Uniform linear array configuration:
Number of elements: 48
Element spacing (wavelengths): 0.25
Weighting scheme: cosine
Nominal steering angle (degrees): -30
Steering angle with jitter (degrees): -30.219
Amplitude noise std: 0.05
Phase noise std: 0.05

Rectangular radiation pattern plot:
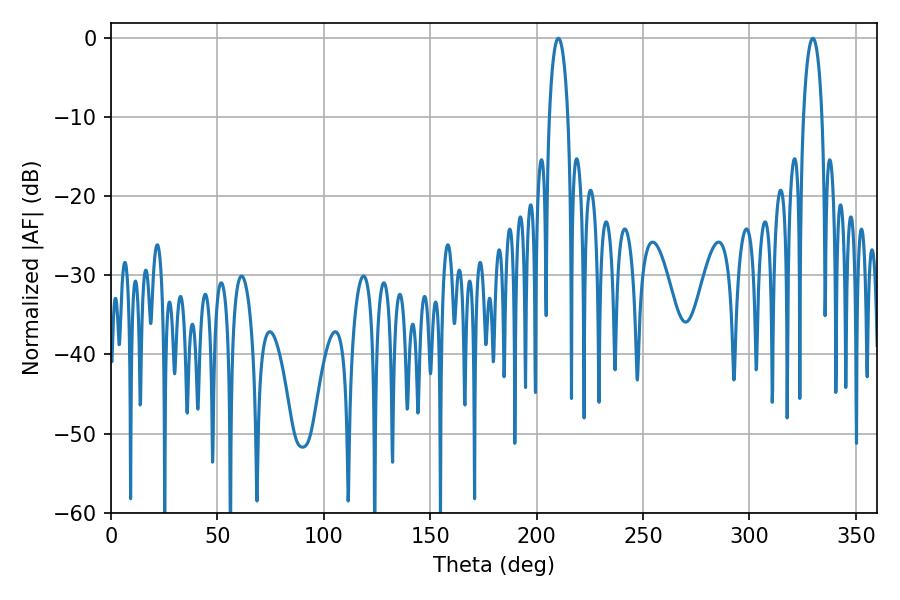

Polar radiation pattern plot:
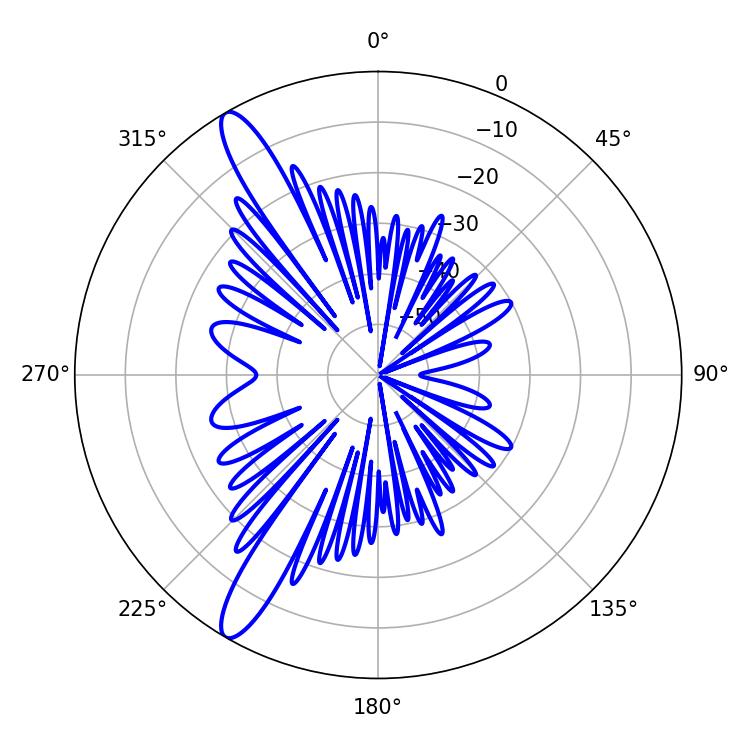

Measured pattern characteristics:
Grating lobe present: FALSE
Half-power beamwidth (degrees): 5.04
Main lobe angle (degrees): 210.24